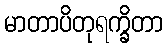
မာတာပိတုရက္ခိတာ